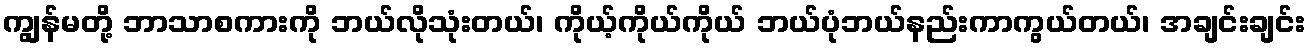
ကျွန်မတို့ ဘာသာစကားကို ဘယ်လိုသုံးတယ်၊ ကိုယ့်ကိုယ်ကိုယ် ဘယ်ပုံဘယ်နည်းကာကွယ်တယ်၊ အချင်းချင်း